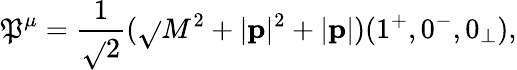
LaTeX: \mathfrak{P}^{\mu}=\frac{{1}}{{\sqrt{}{{2}}}}(\sqrt{}{{M^{2}+|{\mathbf{p}}|^{2}}}+|{\mathbf{p}}|)(1^{+},0^{-},0_{\perp}),